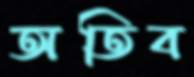
অতিব